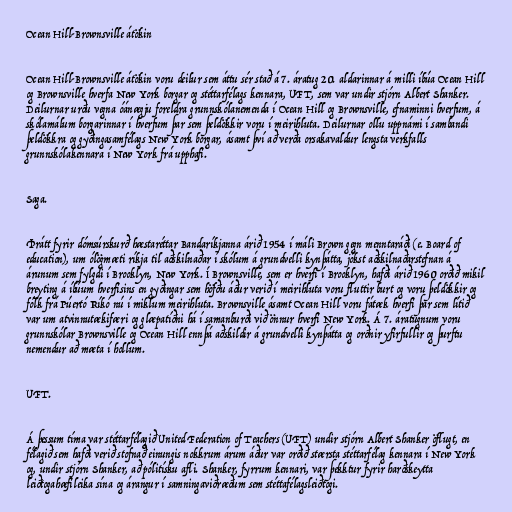
Ocean Hill-Brownsville átökin

Ocean Hill-Brownsville átökin voru deilur sem áttu sér stað á 7. áratug 20. aldarinnar á milli íbúa Ocean Hill
og Brownsville hverfa New York borgar og stéttarfélags kennara, UFT, sem var undir stjórn Albert Shanker.
Deilurnar urðu vegna óánægju foreldra grunnskólanemenda í Ocean Hill og Brownsville, efnaminni hverfum, á
skólamálum borgarinnar í hverfum þar sem þeldökkir voru í meirihluta. Deilurnar ollu uppnámi í sambandi
þeldökkra og gyðingasamfélags New York borgar, ásamt því að verða orsakavaldur lengsta verkfalls
grunnskólakennara í New York frá upphafi.

Saga.

Þrátt fyrir dómsúrskurð hæstaréttar Bandaríkjanna árið 1954 í máli Brown gegn menntaráði (e. Board of
education), um ólögmæti ríkja til aðskilnaðar í skólum á grundvelli kynþátta, jókst aðskilnaðarstefnan á
árunum sem fylgdi í Brooklyn, New York. Í Brownsville, sem er hverfi í Brooklyn, hafði árið 1960 orðið mikil
breyting á íbúum hverfisins en gyðingar sem höfðu áður verið í meirihluta voru fluttir burt og voru þeldökkir og
fólk frá Púertó Ríkó nú í miklum meirihluta. Brownsville ásamt Ocean Hill voru fátæk hverfi þar sem lítið
var um atvinnutækifæri og glæpatíðni há í samanburði við önnur hverfi New York. Á 7. áratugnum voru
grunnskólar Brownsville og Ocean Hill ennþá aðskildir á grundvelli kynþátta og orðnir yfirfullir og þurftu
nemendur að mæta í hollum.

UFT.

Á þessum tíma var stéttarfélagið United Federation of Teachers (UFT) undir stjórn Albert Shanker öflugt, en
félagið sem hafði verið stofnað einungis nokkrum árum áður var orðið stærsta stéttarfélag kennara í New York
og, undir stjórn Shanker, að pólitísku afli. Shanker, fyrrum kennari, var þekktur fyrir harðskeytta
leiðtogahæfileika sína og árangur í samningaviðræðum sem stéttafélagsleiðtogi.